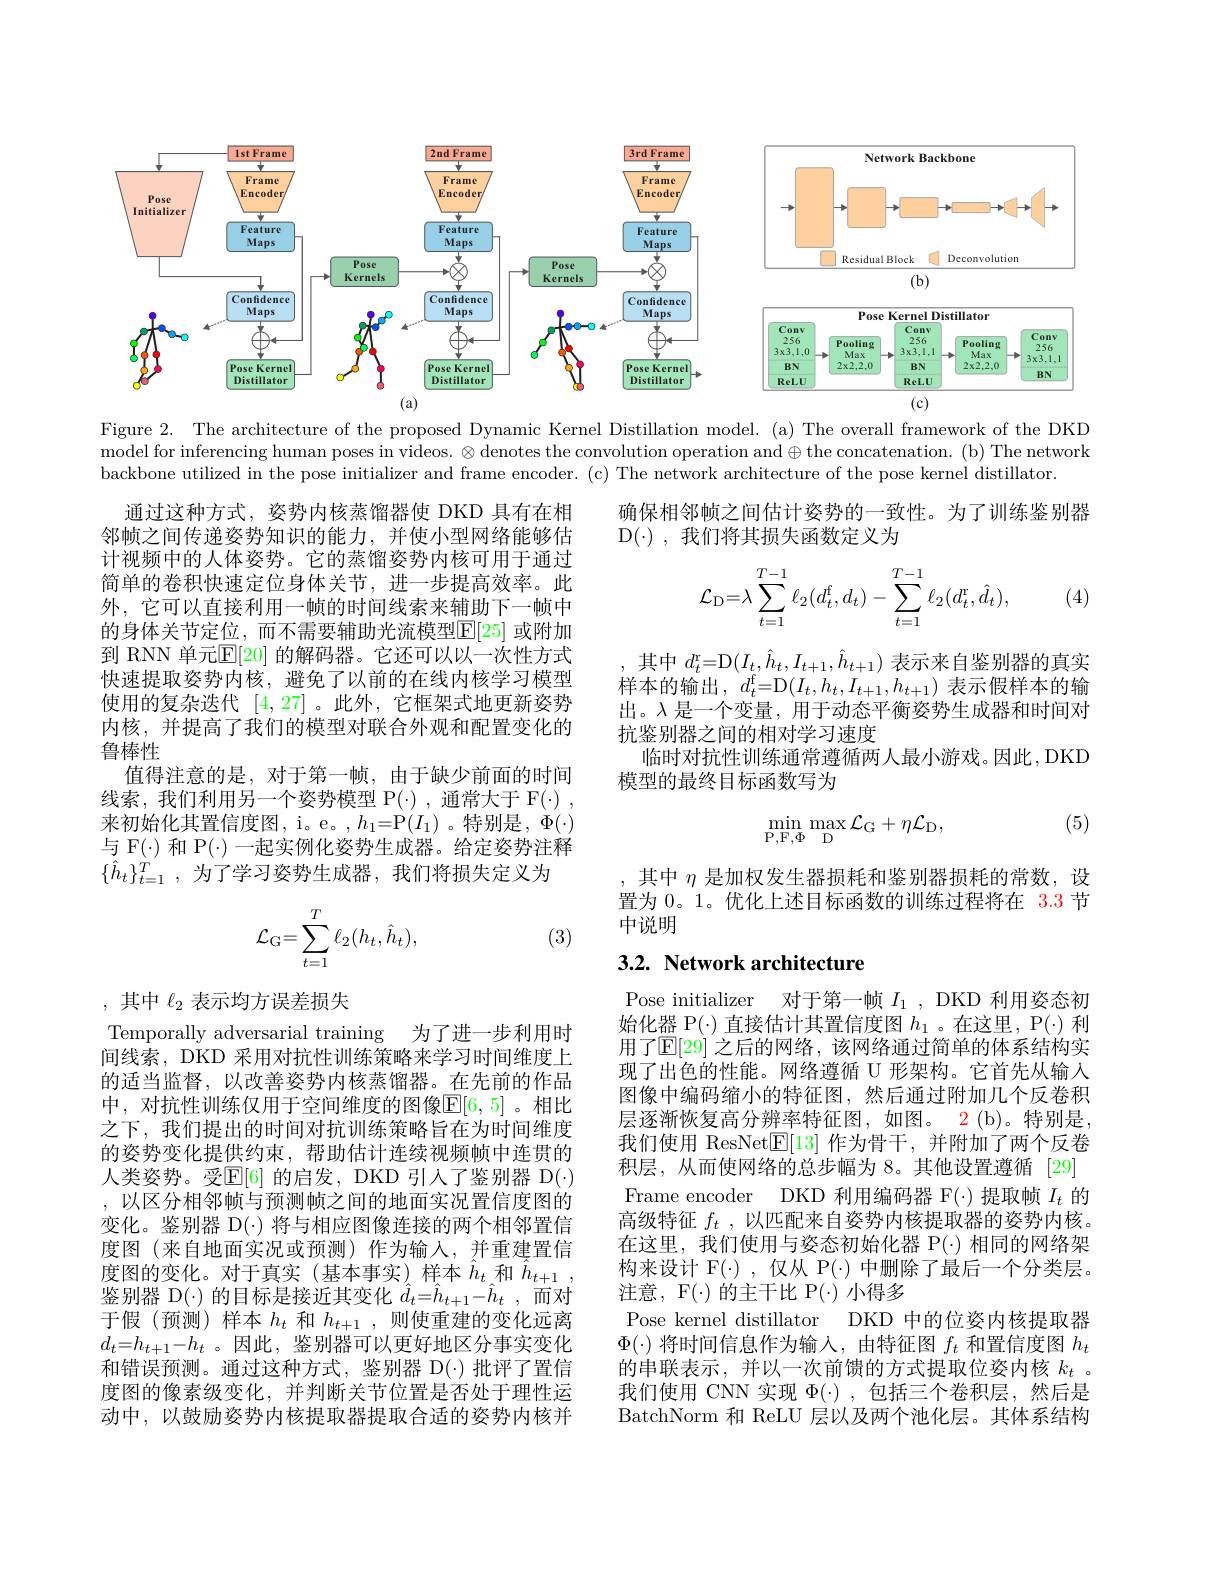
<FigureHere>

Figure 2. The architecture of the proposed Dynamic Kernel Distillation model. (a) The overall framework of the DKD model for inferencing human poses in videos. $\otimes$ denotes the convolution operation and $\oplus$ the concatenation. (b) The network backbone utilized in the pose initializer and frame encoder. (c) The network architecture of the pose kernel distillator.

确保相邻帧之间估计姿势的一致性。为了训练鉴别器
D$(\cdot)$,我们将其损失函数定义为
$$\mathcal{L}_{\mathrm{D}}=\lambda\sum_{t=1}^{T-1}\ell_{2}(d_{t}^{\mathrm{f}},d_{t})-\sum_{t=1}^{T-1}\ell_{2}(d_{t}^{\mathrm{r}},\hat{d}_{t}),$$
(4)

通过这种方式，姿势内核蒸馏器使 DKD 具有在相邻帧之间传递姿势知识的能力，并使小型网络能够估计视频中的人体姿势。它的蒸馏姿势内核可用于通过简单的卷积快速定位身体关节，进一步提高效率。此外，它可以直接利用一帧的时间线索来辅助下一帧中的身体关节定位，而不需要辅助光流模型$\mathbb{E}[25]$ 或附加到 RNN 单元$\mathbb{E}[20]$ 的解码器。它还可以以一次性方式快速提取姿势内核，避免了以前的在线内核学习模型使用的复杂迭代[4,27] 。此外，它框架式地更新姿势内核，并提高了我们的模型对联合外观和配置变化的鲁棒性
值得注意的是，对于第一帧，由于缺少前面的时间线索，我们利用另一个姿势模型 P(·),通常大于 F(·) , 来初始化其置信度图，i。e。$,h_1=$P$(I_1)$。特别是，$\Phi(\cdot)$ 与 F(·) 和 P(·) 一起实例化姿势生成器。给定姿势注释$\{\hat{h}_t\}_{t=1}^T$,为了学习姿势生成器，我们将损失定义为

,其中$d_t^\mathrm{r}=$D$(I_t,\hat{h}_t,I_{t+1},\hat{h}_{t+1})$表示来自鉴别器的真实样本的输出，$d_t^\mathrm{f}=$D$(I_t,h_t,I_{t+1},h_{t+1})$表示假样本的输出。入是一个变量，用于动态平衡姿势生成器和时间对抗鉴别器之间的相对学习速度
临时对抗性训练通常遵循两人最小游戏。因此，DKD
模型的最终目标函数写为

(5)
$$\min_{\mathrm{P,F,\Phi}}\max_{\mathrm{D}}\mathcal{L}_{\mathrm{G}}+\eta\mathcal{L}_{\mathrm{D}},$$
,其中$\eta$是加权发生器损耗和鉴别器损耗的常数，设置为 0。1。优化上述目标函数的训练过程将在 3.3 节中说明
$$\mathcal{L}_\mathrm{G}=\sum_{t=1}^T\ell_2(h_t,\hat{h}_t),$$
(3)

## 3.2. Network architecture

,其中$\ell_2$表示均方误差损失

Pose initializer 对于第一帧$I_1$, DKD 利用姿态初始化器 P(·) 直接估计其置信度图$h_1$ 。在这里，P(·) 利用了$\mathbb{E}[29]$ 之后的网络，该网络通过简单的体系结构实现了出色的性能。网络遵循 U 形架构。它首先从输入图像中编码缩小的特征图，然后通过附加几个反卷积层逐渐恢复高分辨率特征图，如图。2(b)。特别是， 我们使用 ResNet$\underline{\mathbb{E}}[13]$作为骨干，并附加了两个反卷积层，从而使网络的总步幅为 8。其他设置遵循 [29] Frame encoder DKD 利用编码器 F(-)提取帧$I_t$的高级特征$f_t$ ,以匹配来自姿势内核提取器的姿势内核。在这里，我们使用与姿态初始化器$\mathbb{P}(\cdot)$相同的网络架构来设计 F(·) ,仅从 P(·) 中删除了最后一个分类层。注意，F(·)的主干比 P(·)小得多
Pose kernel distillator DKD 中的位姿内核提取器$\Phi(\cdot)$将时间信息作为输入，由特征图$f_t$和置信度图$h_t$ 的串联表示，并以一次前馈的方式提取位姿内核$k_t$ 。我们使用 CNN 实现$\Phi(\cdot)$,包括三个卷积层，然后是BatchNorm 和 ReLU 层以及两个池化层。其体系结构

Temporally adversarial training 为了进一步利用时间线索，DKD 采用对抗性训练策略来学习时间维度上的适当监督，以改善姿势内核蒸馏器。在先前的作品中，对抗性训练仅用于空间维度的图像$\mathbb{E}[6,5]$。相比之下，我们提出的时间对抗训练策略旨在为时间维度的姿势变化提供约束，帮助估计连续视频帧中连贯的人类姿势。受$\mathbb{E}[6]$ 的启发，DKD 引人了鉴别器 D(·) ,以区分相邻帧与预测帧之间的地面实况置信度图的变化。鉴别器 D(·) 将与相应图像连接的两个相邻置信度图(来自地面实况或预测)作为输入，并重建置信度图的变化。对于真实(基本事实)样本$\hat{h}_t$和$\hat{h}_{t+1}$, 鉴别器 D(·) 的目标是接近其变化 $\hat{d}_t=\hat{h}_{t+1}-\hat{h}_t$,而对于假(预测)样本$h_t$和$h_{t+1}$,则使重建的变化远离$d_t=h_{t+1}-h_t$ 。因此，鉴别器可以更好地区分事实变化和错误预测。通过这种方式，鉴别器 D(·)批评了置信度图的像素级变化，并判断关节位置是否处于理性运动中，以鼓励姿势内核提取器提取合适的姿势内核并